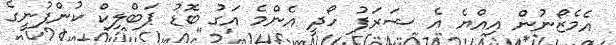
އެމެޒޯނުން އިއްޔެ އެ ޝަރަފު ހޯދީ އެންމެ އަގު ބޮޑު ޕަބްލިކް ކުންފުނީގެ